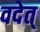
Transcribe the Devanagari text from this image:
वदेत्